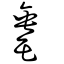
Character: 𦈼